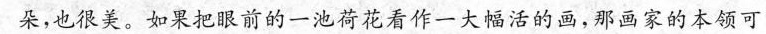
朵，也很美。如果把眼前的一池荷花看作一大幅活的画，那画家的本领可